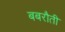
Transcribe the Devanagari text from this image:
बबरौती